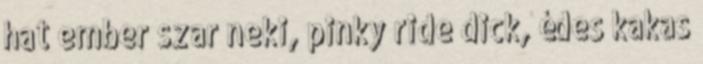
hat ember szar neki, pinky ride dick, édes kakas